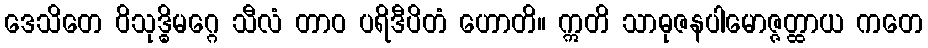
ဒေသိတေ ဝိသုဒ္ဓိမဂ္ဂေ သီလံ တာဝ ပရိဒီပိတံ ဟောတိ။ ဣတိ သာဓုဇနပါမောဇ္ဇတ္ထာယ ကတေ